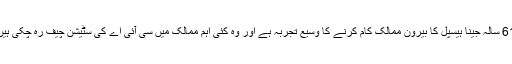
61 سالہ جینا ہیسپل کا بیرون ممالک کام کرنے کا وسیع تجربہ ہے اور وہ کئی اہم ممالک میں سی آئی اے کی سٹیشن چیف رہ چکی ہیں۔